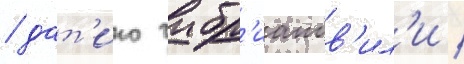
/ дат'ико чибр'иашв'ил'и /